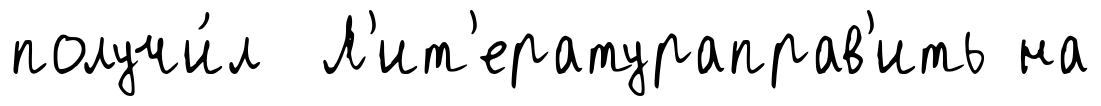
получи́л Л'ит'ератураправ'ить на